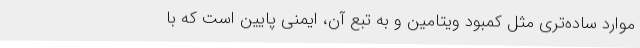
موارد ساده‌تری مثل کمبود ویتامین و به تبع آن، ایمنی پایین است که با